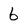
Character: 6